Civil Veterinary Dept. North-West Frontier Province 1933-46 - 1933-1946
Year: 1933
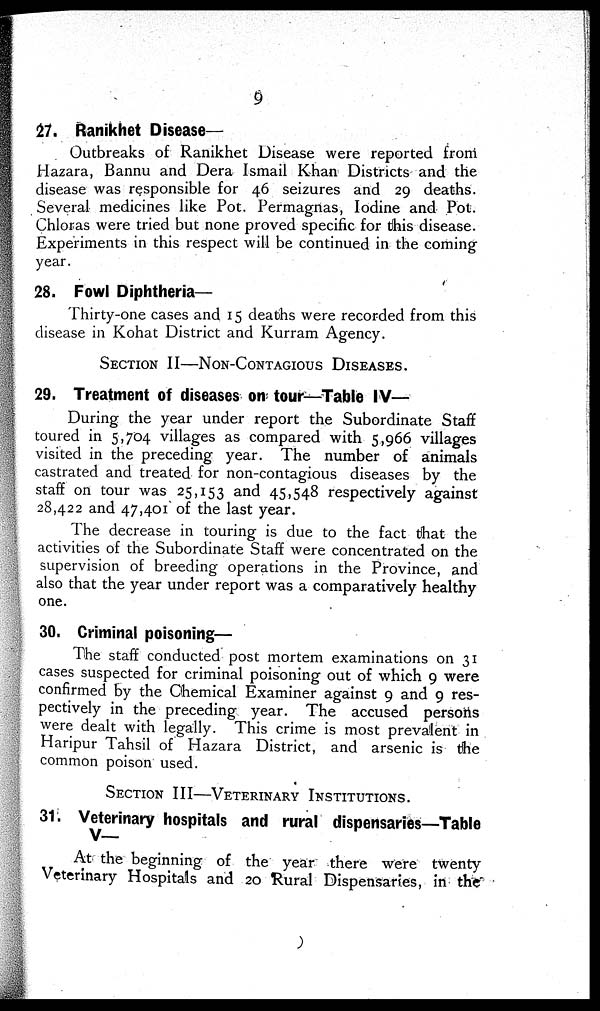
9
27. Ranikhet Disease-
Outbreaks of Ranikhet Disease were reported from
Hazara, Bannu and Dera Ismail Khan Districts and the
disease was responsible for 46 seizures and 29 deaths.
Several medicines like Pot. Permagnas, Iodine and Pot.
Chloras were tried but none proved specific for this disease.
Experiments in this respect will be continued in the coming
year.
28. Fowl Diphtheria—
Thirty-one cases and 15 deaths were recorded from this
disease in Kohat District and Kurram Agency.
SECTION II—NON-CONTAGIOUS DISEASES.
29. Treatment of diseases on tour—Table IV—
During the year under report the Subordinate Staff
toured in 5,704 villages as compared with 5,966 villages
visited in the preceding year. The number of animals
castrated and treated for non-contagious diseases by the
staff on tour was 25,153 and 45,548 respectively against
28,422 and 47,401 of the last year.
The decrease in touring is due to the fact that the
activities of the Subordinate Staff were concentrated on the
supervision of breeding operations in the Province, and
also that the year under report was a comparatively healthy
one.
30. Criminal poisoning—
The staff conducted post mortem examinations on 31
cases suspected for criminal poisoning out of which 9 were
confirmed by the Chemical Examiner against 9 and 9 res-
pectively in the preceding year. The accused persons
were dealt with legally. This crime is most prevalent in
Haripur Tahsil of Hazara District, and arsenic is the
common poison used.
SECTION III—VETERINARY INSTITUTIONS.
31. Veterinary hospitals and rural dispensaries—Table
V—
At the beginning of the year there were twenty
Veterinary Hospitals and 20 Rural Dispensaries, in the